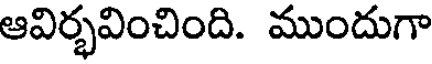
ఆవిర్భవించింది. ముందుగా